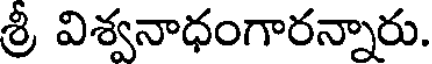
శ్రీ విశ్వనాధంగారన్నారు.